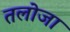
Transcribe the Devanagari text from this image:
तलोजा